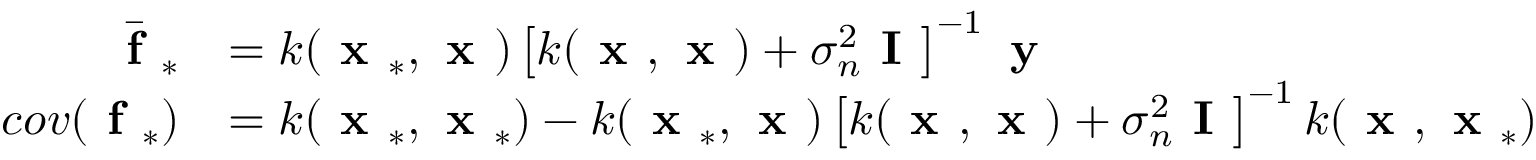
\begin{array} { r l } { \bar { \textbf { f } } _ { * } } & { = k ( \textbf { x } _ { * } , \textbf { x } ) \left[ k ( \textbf { x } , \textbf { x } ) + \sigma _ { n } ^ { 2 } \textbf { I } \right] ^ { - 1 } \textbf { y } } \\ { c o v ( \textbf { f } _ { * } ) } & { = k ( \textbf { x } _ { * } , \textbf { x } _ { * } ) - k ( \textbf { x } _ { * } , \textbf { x } ) \left[ k ( \textbf { x } , \textbf { x } ) + \sigma _ { n } ^ { 2 } \textbf { I } \right] ^ { - 1 } k ( \textbf { x } , \textbf { x } _ { * } ) } \end{array}